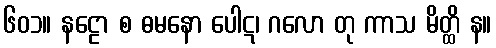
၆၀၁။ နဠော စ ဓမနော ပေါဋ၊ ဂလော တု ကာသ မိတ္ထိ န။